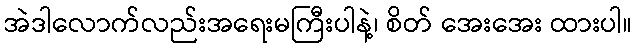
အဲဒါလောက်လည်းအရေးမကြီးပါနဲ့၊ စိတ် အေးအေး ထားပါ။